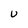
Character: U